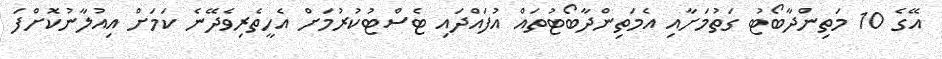
އޭގެ 10 މަތިންދާބޯޓު ގަތުމަށާއި އެމަތިންދާބޯޓުތައް އުފައްދައި ޓެސްޓުކުރުމަށް އެހީތެރިވެދޭނެ ކަމަށް އިއުލާނުކޮށްފަ